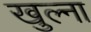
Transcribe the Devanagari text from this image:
खुल्ना